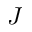
J